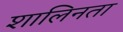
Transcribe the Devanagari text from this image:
शालिनता